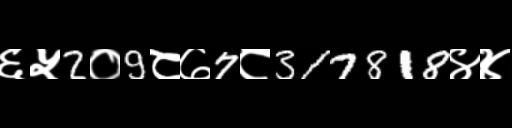
Text: ६५2०9८७7८317818४४